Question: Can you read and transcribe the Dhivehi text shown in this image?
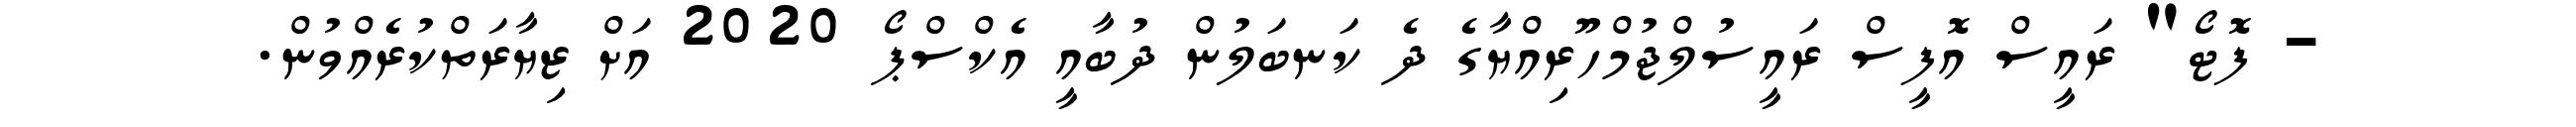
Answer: - ފޮޓޯ" ރައީސް އޮފީސް ރައީސުލްޖުމްހޫރިއްޔާގެ ދެ ކަނބަލުން ދުބާއީ އެކްސްޕޯ 2020 އަށް ޒިޔާރަތްކުރެއްވުން.